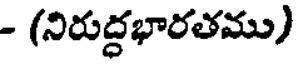
- (నిరుద్ధభారతము)